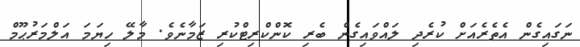
ނަގައިގެން އެތެރެއަށް ކުރެދި ލައްވައިގެން ބެރި ކޮންކްރިޓްކުރި ޒަމާނެވެ. މާލޭ ހިޔަމަ އަލްމަރުޙޫމް